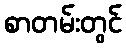
စာတမ်းတွင်